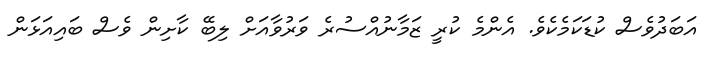
އަބަދުވެސް ކުޑަކަމެކެވެ. އެންމެ ކުރީ ޒަމާނުއްސުރެ ވަރުވާއަށް ލިބޭ ކާށިން ވެސް ބައިއަޅަން